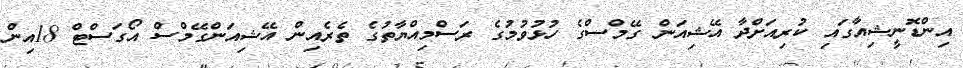
އިންޑޮނީޝިއާގައި ކުރިއަށްދާ އޭޝިއަން ގޭމްސްގެ ހުޅުވުމުގެ ރަސްމިއްޔާތުގެ ތެރެއިން އޭޝިއަންގޭމްސް އޯގަސްޓް 18އިން